Annual report of the Civil Veterinary Department, Bengal, and of the Bengal Veterinary College, for the year 1902-1903 - 1902-1903
Year: 1902
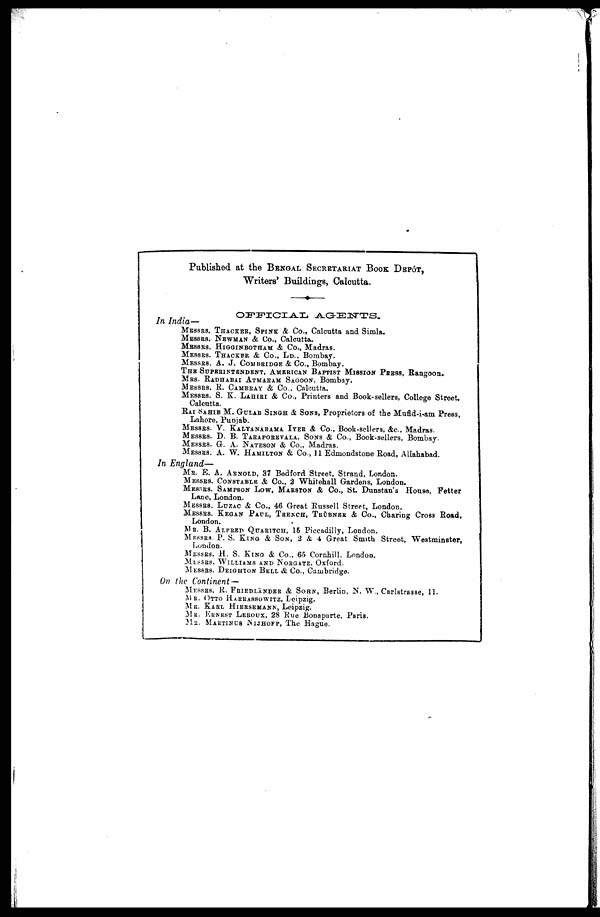
Published at the BENGAL SECRETARIAT BOOK DEPÔT,
Writers' Buildings, Calcutta.
OFFICIAL
AGENTS.
In India—
MESSRS. THACKER, SPINK & Co., Calcutta and Simla.
MESSRS. NEWMAN & Co., Calcutta.
MESSRS. HIGGINBOTHAM & Co., Madras.
MESSRS. THACKER & CO., LD., Bombay.
MESSRS. A. J. COMBRIDGEA & Co., Bombay.
THE SUPERINTENDENT, AMERICAN BAPTIST MISSION PRESS, Rangoon.
MRS. RADHABAI ATMARAM SAGOON,Bombay.
MESSRS. R. CAMBEAY & Co., Calcutta.
MESSRS. S. K. LAHIRI & Co., Printers and Book-sellers, College Street,
Calcutta.
RAI SAHIB M. GULAB SINGH & SONS, Proprietors of the Mufid-i-am Press,
Lahore, Punjab.
MESSRS. V. KALYANARAMA IYER & Co., Book-sellers, &c., Madras.
MESSRS. D. B. TARAPOREVALA, SONS & Co., Book-sellers, Bombay.
MESSRS. G. A. NATESON & Co., Madras.
MESSRS. A. W. HAMILTON & Co., 11 Edmondstone Road, Allahabad.
In England—
MR. E. A. ARNOLD, 37 Bedford Street, Strand, London.
MESSRS. CONSTABLE & Co., 2 Whitehall Gardens, London.
MESSRS. SAMPSON Low, MARSTON & Co., St. Dunstan's House, Fetter
Lane, London.
MESSRS. LUZAC & Co., 46 Great Russell Street, London.
MESSRS. KEGAN PAUL, TRENCH, TRÜBNER & Co., Charing Cross Road,
London.
MR. B. ALFRED QUARITCH, 15 Piccadilly, London.
MESSRS. P. S. KING & SON, 2 & 4 Great Smith Street, Westminster,
London.
MESSRS. H. S. KING & Co., 65 Cornhill. London.
MESSRS. WILLIAMS AND NORGATE, Oxford.
MESSRS. DEIGHTON BELL & Co., Cambridge.
On the Continent—
MESSRS. R. FRIEDLÄNDER & SOHN, Berlin, N. W., Carlstrasse, 11.
MR. OTTO HARRASSOWITZ, Leipzig.
MR. KARL HIERSEMANN, Leipzig.
MR. ERNEST LEROUX, 28 Rue Bonaparte, Paris.
MR. MARTINUS NIJHOFF,
The Hague.